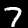
Label: 7